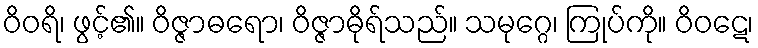
ဝိဝရိ၊ ဖွင့်၏။ ဝိဇ္ဇာဓရော၊ ဝိဇ္ဇာဓိုရ်သည်။ သမုဂ္ဂေ၊ ကြုပ်ကို။ ဝိဝဋေ၊